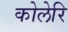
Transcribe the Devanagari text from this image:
कोलेरि